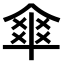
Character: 𠌂